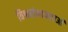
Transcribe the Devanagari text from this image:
विश्वसंभावनाओं